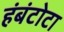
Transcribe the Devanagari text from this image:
हंबंटोटा